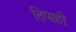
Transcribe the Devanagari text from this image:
तिपाही